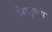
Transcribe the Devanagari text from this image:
निष्कृष्य